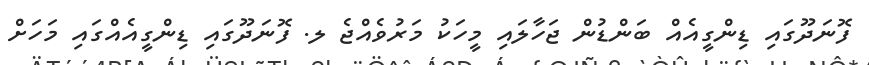
ފޮނަދޫގައި ޑިންގީއެއް ބަންޑުން ޖަހާލައި މީހަކު މަރުވެއްޖެ ލ. ފޮނަދޫގައި ޑިންގީއެއްގައި މަހަށް